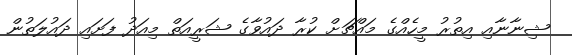
ޝިނާނާއި އިތުރު މީހެއްގެ މައްޗަށް ކުރާ ދައުވާގެ ޝަރީއަތް މިއަދު ފަށައި ދައުލަތުން